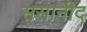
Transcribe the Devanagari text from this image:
ससानीद